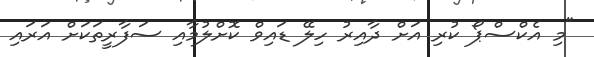
"މި އެކްސްޕޯ ކުރި އަށް ދާއިރު ހިލޭ ޑައިވް ކޮށްލުމާއި ސަފާރީތަކަށް އަރައި